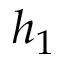
h _ { 1 }